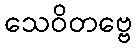
သေဝိတဗ္ဗေ